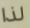
لذا